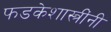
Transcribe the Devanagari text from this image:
फडकेशास्त्रींनी